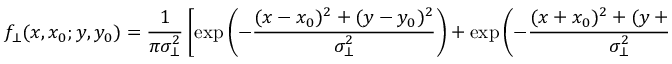
f _ { \bot } ( x , x _ { 0 } ; y , y _ { 0 } ) = \frac { 1 } { \pi \sigma _ { \bot } ^ { 2 } } \left[ \exp \left( - { \frac { ( x - x _ { 0 } ) ^ { 2 } + ( y - y _ { 0 } ) ^ { 2 } } { \sigma _ { \bot } ^ { 2 } } } \right) + \exp \left( - { \frac { ( x + x _ { 0 } ) ^ { 2 } + ( y + y _ { 0 } ) ^ { 2 } } { \sigma _ { \bot } ^ { 2 } } } \right) \right] \Theta \left( 1 - \frac { x ^ { 2 } } { r _ { a } ^ { 2 } } - \frac { y ^ { 2 } } { r _ { b } ^ { 2 } } \right)